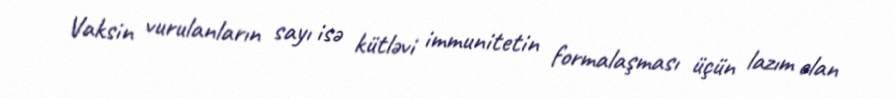
Vaksin vurulanların sayı isə kütləvi immunitetin formalaşması üçün lazım olan